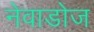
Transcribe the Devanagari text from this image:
नेवाडोज